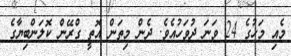
މެއި މަހުގެ 24 ވަނަ ދުވަހުއެވެ. ދެން މިތަން އޮތީ ގްރޭން ކޮލަންބިޔާގެ